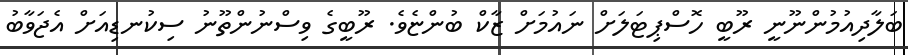
ބަލާދިއުމުންނޫނީ ރޫބީ ހޮސްޕިޓަލަށް ނައުމަށް ޒާކް ބުންޏެވެ. ރޫބީގެ ވިސްނުންތޫނު ސިކުނޑިއަށް އެޖަވާބު